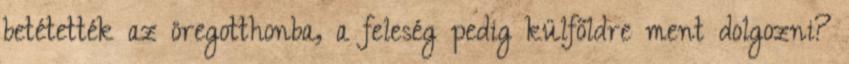
betétették az öregotthonba, a feleség pedig külfőldre ment dolgozni?